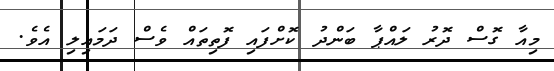
މިއާ ގޮސް ދޮރު ލައްޕާ ބަންދު ކޮށްފައި ފޮތިތައް ވެސް ދަމައިލި އެވެ.